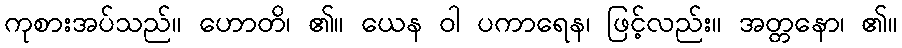
ကုစားအပ်သည်။ ဟောတိ၊ ၏။ ယေန ဝါ ပကာရေန၊ ဖြင့်လည်း။ အတ္တနော၊ ၏။